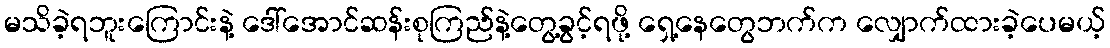
မသိခဲ့ရဘူးကြောင်းနဲ့ ဒေါ်အောင်ဆန်းစုကြည်နဲ့တွေ့ခွင့်ရဖို့ ရှေ့နေတွေဘက်က လျှောက်ထားခဲ့ပေမယ့်